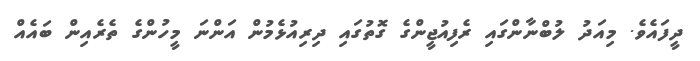
ދީފައެވެ. މިއަދު ލުބްނާންގައި ރެފިއުޖީންގެ ގޮތުގައި ދިރިއުޅެމުން އަންނަ މީހުންގެ ތެރެއިން ބައެއް